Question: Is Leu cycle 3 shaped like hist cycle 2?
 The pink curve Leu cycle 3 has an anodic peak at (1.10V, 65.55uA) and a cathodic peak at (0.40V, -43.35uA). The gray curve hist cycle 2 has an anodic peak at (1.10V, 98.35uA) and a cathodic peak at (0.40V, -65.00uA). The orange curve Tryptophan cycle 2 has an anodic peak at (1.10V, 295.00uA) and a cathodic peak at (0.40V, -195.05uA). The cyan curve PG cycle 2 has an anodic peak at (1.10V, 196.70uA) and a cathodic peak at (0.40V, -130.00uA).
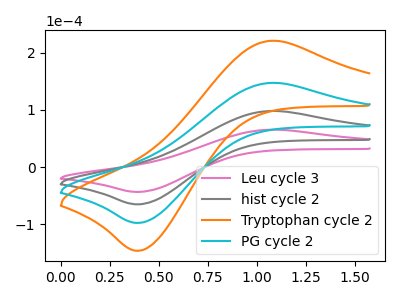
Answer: <think>All the peaks in "Leu cycle 3" have a peak in "hist cycle 2" at the same potential. Every peak in "Leu cycle 3" is lower than every peak in "hist cycle 2".
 </think>
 <answer>"Leu cycle 3" and "hist cycle 2" are similar in shape.</answer>
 <eval>same_shape</eval>